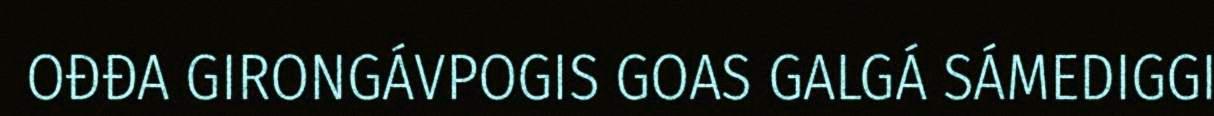
OĐĐA GIRONGÁVPOGIS GOAS GALGÁ SÁMEDIGGI